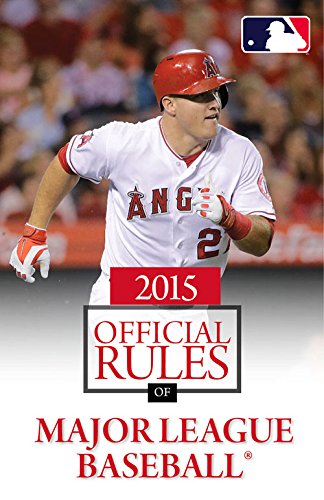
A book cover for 2015 Official Rules of Major League Baseball; Triumph Books; Reference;